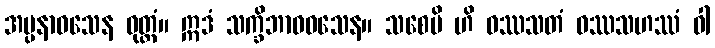
အပ္ပနာဝသေန ဝုတ္တံ။ ဣဒံ သက္ခိဘာဝဝသေန။ သစေပိ ဟိ ဝဿသတံ ဝဿသဟဿံ ဝါ